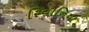
રિવોનિયા